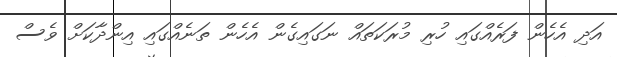
އަދި އެހެން ފަރެއްގައި ހުރި މުރަކަތައް ނަގައިގެން އެހެން ތަނެއްގައި އިންދާކަށް ވެސް